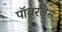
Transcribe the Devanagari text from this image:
पॉवरलेस